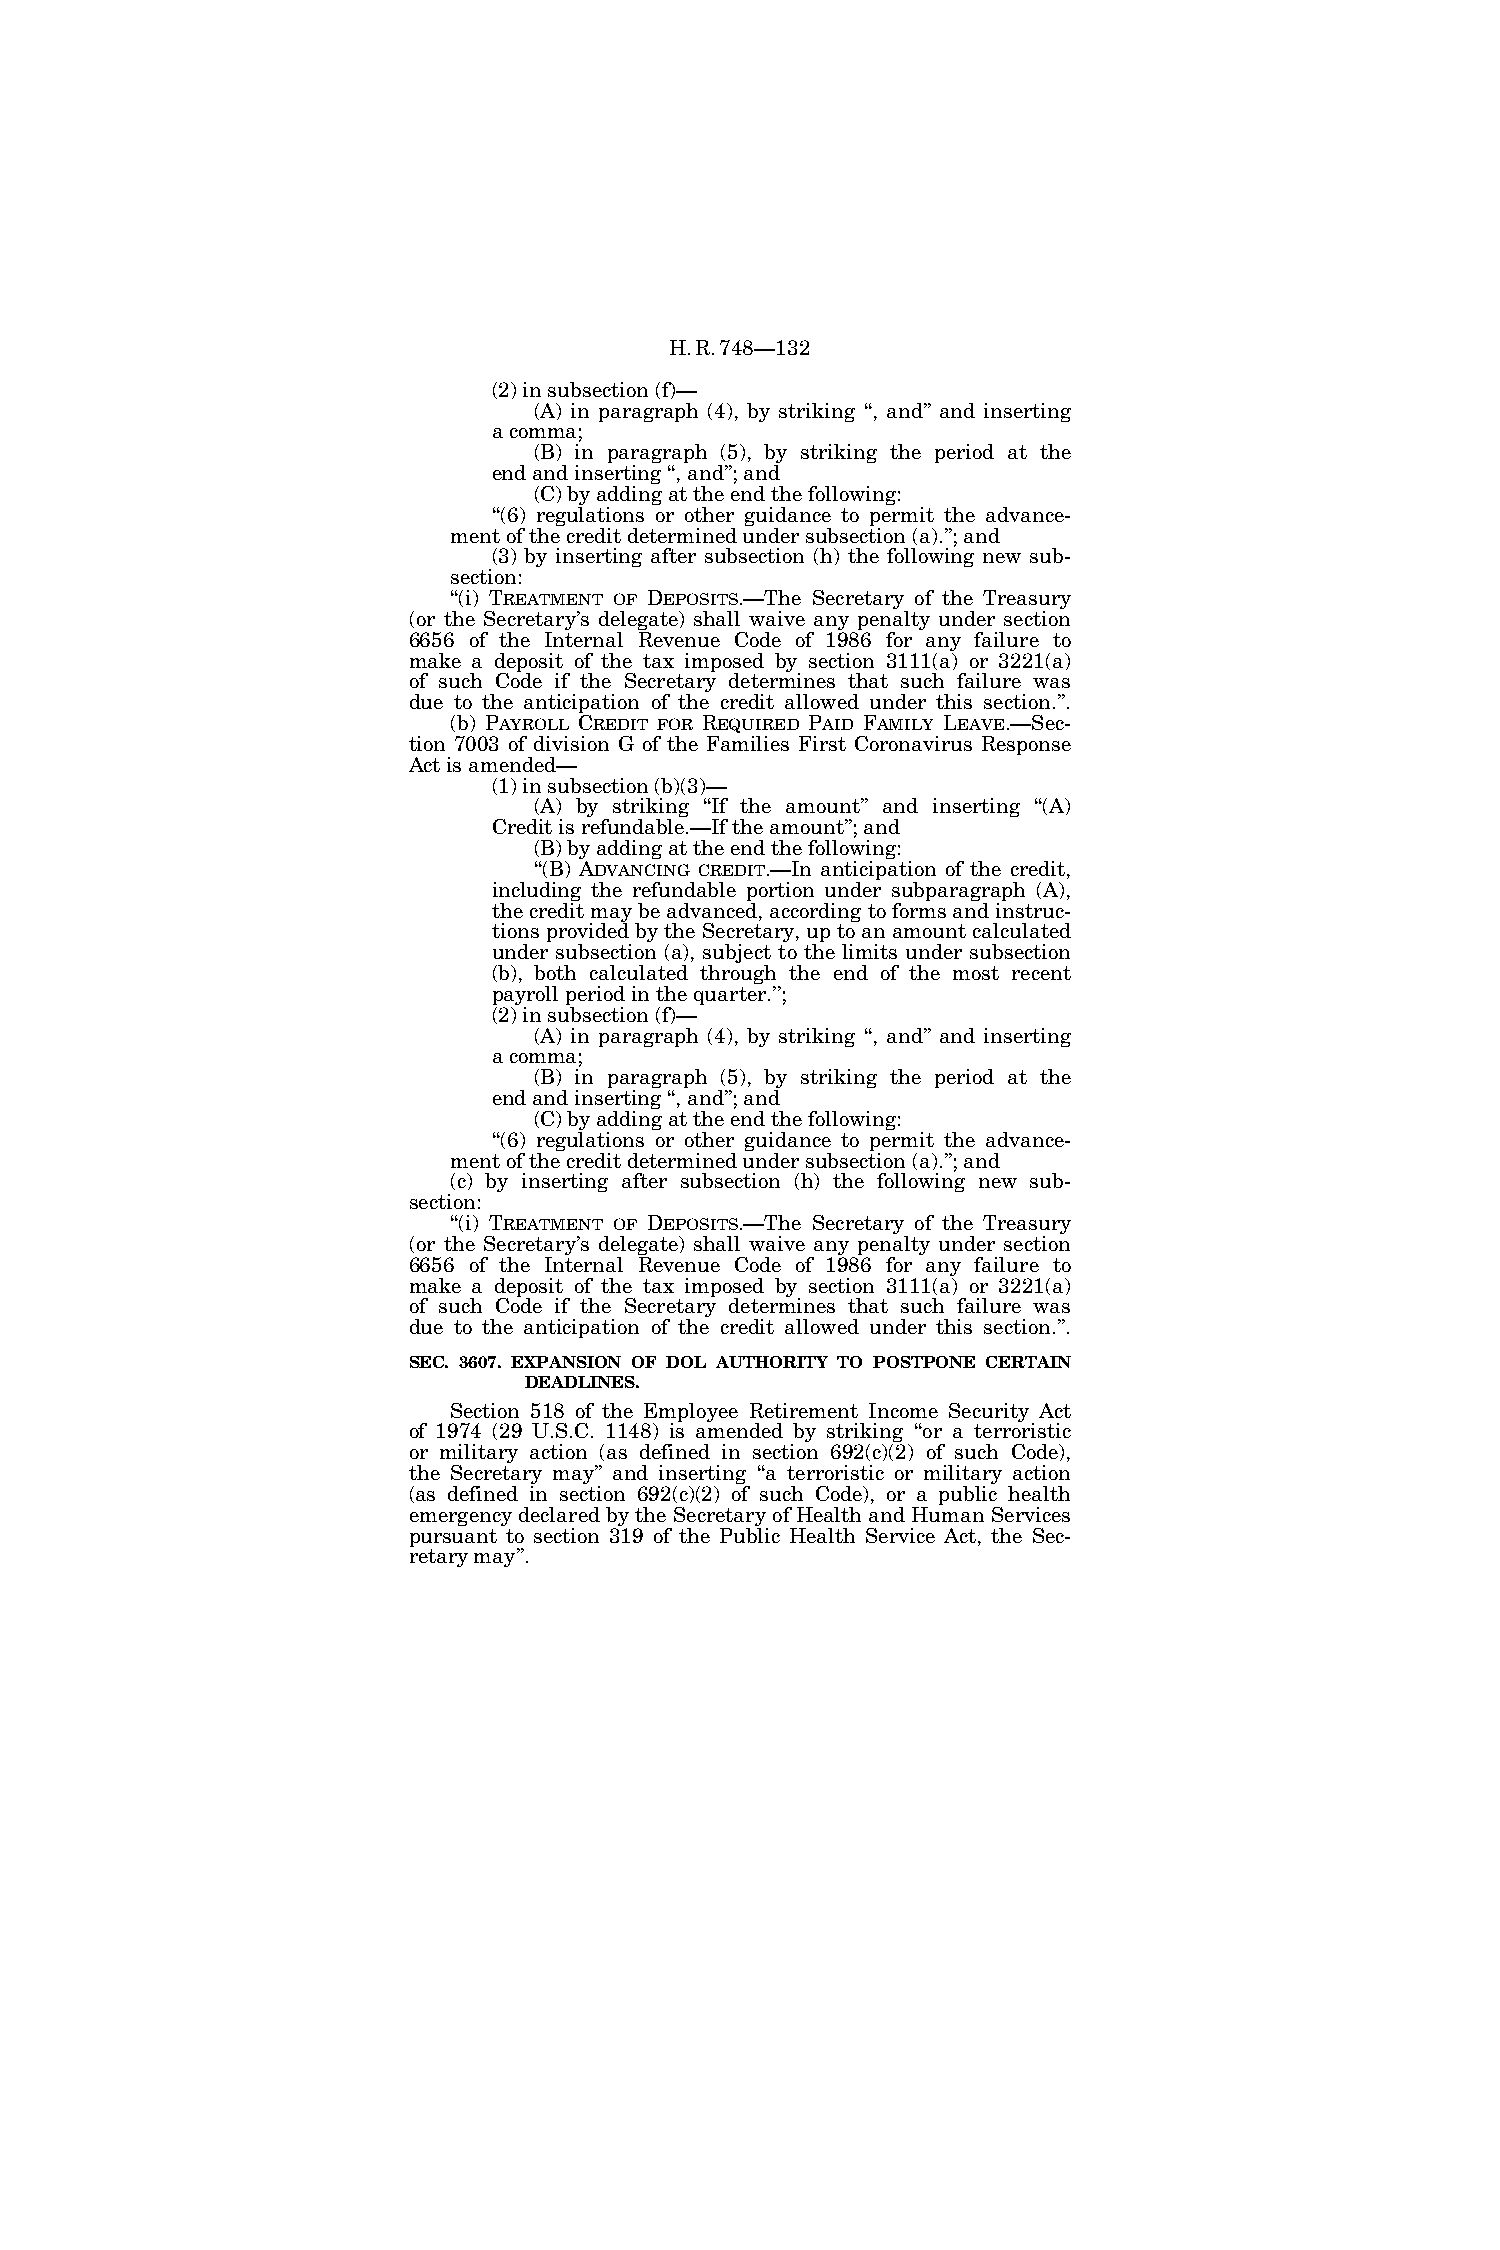
H.R.748—132
 (2) in subsection (f)—
 (A) in paragraph (4), by striking ‘‘, and’’ and inserting
 a comma;
 (B) in paragraph (5), by striking the period at the
 end and inserting ‘‘, and’’; and
 (C) by adding at the end the following:
 ‘‘(6) regulations or other guidance to permit the advance-
 ment of the credit determined under subsection (a).’’; and
 (3) by inserting after subsection (h) the following new sub-
 section:
 ‘‘(i) TREATMENT OF DEPOSITS.—The Secretary of the Treasury
 (or the Secretary’s delegate) shall waive any penalty under section
 6656 of the Internal Revenue Code of 1986 for any failure to
 make a deposit of the tax imposed by section 3111(a) or 3221(a)
 of such Code if the Secretary determines that such failure was
 due to the anticipation of the credit allowed under this section.’’.
 (b) PAYROLL CREDIT FOR REQUIRED PAID FAMILY LEAVE.—Sec-
 tion 7003 of division G of the Families First Coronavirus Response
 Act is amended—
 (1) in subsection (b)(3)—
 (A) by striking ‘‘If the amount’’ and inserting ‘‘(A)
 Credit is refundable.—If the amount’’; and
 (B) by adding at the end the following:
 ‘‘(B) ADVANCING CREDIT.—In anticipation of the credit,
 including the refundable portion under subparagraph (A),
 the credit may be advanced, according to forms and instruc-
 tions provided by the Secretary, up to an amount calculated
 under subsection (a), subject to the limits under subsection
 (b), both calculated through the end of the most recent
 payroll period in the quarter.’’;
 (2) in subsection (f)—
 (A) in paragraph (4), by striking ‘‘, and’’ and inserting
 a comma;
 (B) in paragraph (5), by striking the period at the
 end and inserting ‘‘, and’’; and
 (C) by adding at the end the following:
 ‘‘(6) regulations or other guidance to permit the advance-
 ment of the credit determined under subsection (a).’’; and
 (c) by inserting after subsection (h) the following new sub-
 section:
 ‘‘(i) TREATMENT OF DEPOSITS.—The Secretary of the Treasury
 (or the Secretary’s delegate) shall waive any penalty under section
 6656 of the Internal Revenue Code of 1986 for any failure to
 make a deposit of the tax imposed by section 3111(a) or 3221(a)
 of such Code if the Secretary determines that such failure was
 due to the anticipation of the credit allowed under this section.’’.
 SEC. 3607. EXPANSION OF DOL AUTHORITY TO POSTPONE CERTAIN
 DEADLINES.
 Section 518 of the Employee Retirement Income Security Act
 of 1974 (29 U.S.C. 1148) is amended by striking ‘‘or a terroristic
 or military action (as defined in section 692(c)(2) of such Code),
 the Secretary may’’ and inserting ‘‘a terroristic or military action
 (as defined in section 692(c)(2) of such Code), or a public health
 emergency declared by the Secretary of Health and Human Services
 pursuant to section 319 of the Public Health Service Act, the Sec-
 retary may’’.